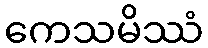
ကေသမိဿံ